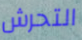
التحرش